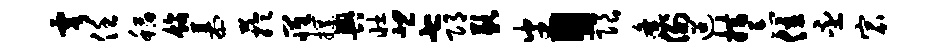
雩任稻饰慕芋罹撰舆壮悲七邛歉番“限逄例迢措忘位丕宸